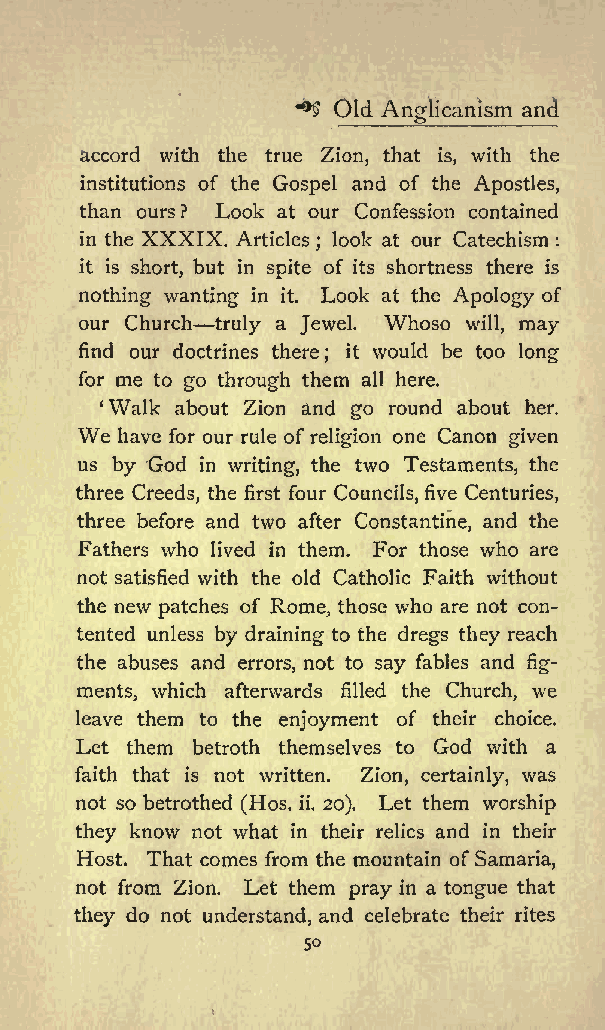
*  Old          and
 Anglicanism
 accord with the true Zion, that is, with the
 institutions of the Gospel and of the Apostles,
 than ours? Look at our Confession contained
 in the XXXIX. Articles look at our Catechism
 ;               :
 it is short, but in spite of its shortness there is
 nothing wanting in it. Look at the Apology of
 our Church truly a Jewel. Whoso will, may
 find our doctrines there it would be too long
 ;
 for me to go through them all here.
 Walk about Zion and go round about her.
 We have for our rule of religion one Canon given
 us by God in writing, the two Testaments, the
 three Creeds, the first four Councils, five Centuries,
 three before and two after Constantine, and the
 Fathers who lived in them. For those who are
 not satisfied with the old Catholic Faith without
 the new patches of Rome, those who are not con
 tented unless by draining to the dregs they reach
 the abuses and errors, not to say fables and fig
 ments, which afterwards filled the Church, we
 leave them to the enjoyment of their choice.
 Let them betroth themselves to God with a
 faith that is not written. Zion, certainly, was
 not so betrothed (Hos. ii. 20). Let them worship
 they know not what in their relics and in their
 Host. That comes from the mountain of Samaria,
 not from Zion. Let them pray in a tongue that
 they do not understand, and celebrate their rites
 So